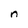
Character: n